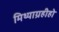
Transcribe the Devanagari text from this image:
मिथ्याग्रहीहो